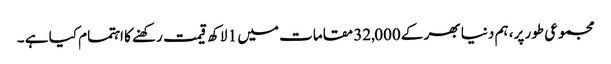
مجموعی طور پر، ہم دنیا بھر کے 32,000 مقامات میں 1 لاکھ قیمت رکھنے کا اہتمام کیا ہے ۔